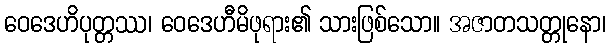
ဝေဒေဟိပုတ္တဿ၊ ဝေဒေဟီမိဖုရား၏ သားဖြစ်သော။ အဇာတသတ္တုနော၊